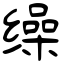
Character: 缲